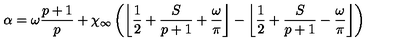
\alpha = \omega \displaystyle \frac { p + 1 } { p } + \chi _ { \infty } \left( \left\lfloor \displaystyle \frac { 1 } { 2 } + \displaystyle \frac { S } { p + 1 } + \displaystyle \frac { \omega } { \pi } \right\rfloor - \left\lfloor \displaystyle \frac { 1 } { 2 } + \displaystyle \frac { S } { p + 1 } - \displaystyle \frac { \omega } { \pi } \right\rfloor \right)